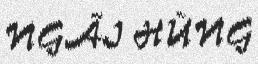
NGÃI HÙNG